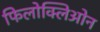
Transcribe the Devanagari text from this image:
फिलोक्लिओन